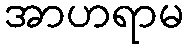
အာဟရာမ